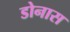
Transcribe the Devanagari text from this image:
डोनास